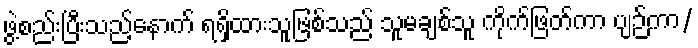
ဖွဲ့စည်းပြီးသည့်နောက် ရရှိထားသူဖြစ်သည် သူမချစ်သူ ကိုက်ဖြတ်ကာ ပျဉ်ကာ/